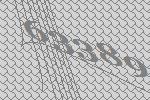
63389